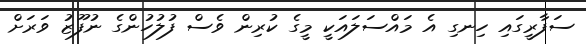
ސަފާރީގައި ހިނގި އެ މައްސަލައަކީ މީގެ ކުރިން ވެސް ފުލުހުންގެ ނުފޫޒު ވަރަށް